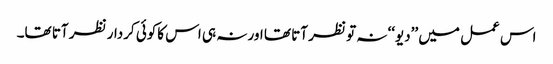
اس عمل میں ’’دیو‘‘ نہ تو نظر آتا تھا اور نہ ہی اس کاکوئی کردار نظر آتا تھا۔